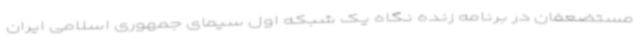
مستضعفان در برنامه زنده نگاه یک شبکه اول سیمای جمهوری اسلامی ایران